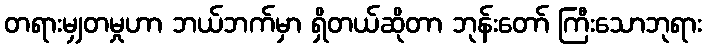
တရားမျှတမှုဟာ ဘယ်ဘက်မှာ ရှိတယ်ဆိုတာ ဘုန်းတော် ကြီးသောဘုရား